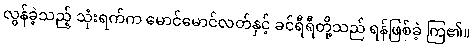
လွန်ခဲ့သည့် သုံးရက်က မောင်မောင်လတ်နှင့် ခင်ရီရီတို့သည် ရန်ဖြစ်ခဲ့ ကြ၏။